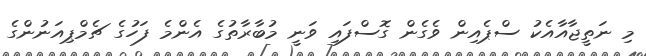
މި ނަތީޖާއާއެކު ސްޕެއިން ވެގެން ގޮސްފައި ވަނީ މުބާރާތުގެ އެންމެ ފަހުގެ ޗެމްޕިއަނުންގެ